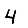
Digit: 4